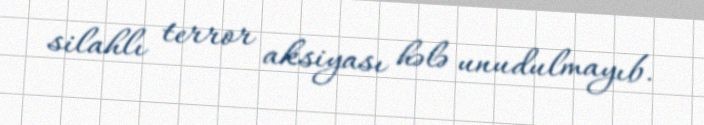
silahlı terror aksiyası hələ unudulmayıb.